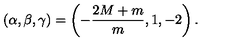
( \alpha , \beta , \gamma ) = \left( - \frac { 2 M + m } { m } , 1 , - 2 \right) .